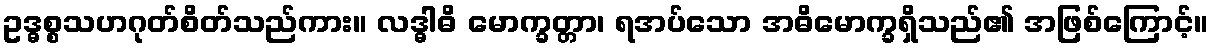
ဥဒ္ဓစ္စသဟဂုတ်စိတ်သည်ကား။ လဒ္ဓါဓိ မောက္ခတ္တာ၊ ရအပ်သော အဓိမောက္ခရှိသည်၏ အဖြစ်ကြောင့်။